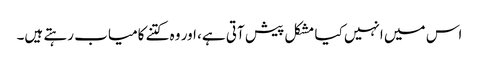
اس میں انہیں کیا مشکل پیش آتی ہے، اور وہ کتنے کامیاب رہتے ہیں۔